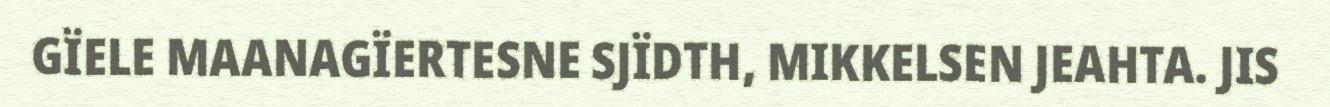
GÏELE MAANAGÏERTESNE SJÏDTH, MIKKELSEN JEAHTA. JIS